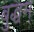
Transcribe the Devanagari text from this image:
बुद्धम्